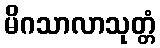
မိဂသာလာသုတ္တံ